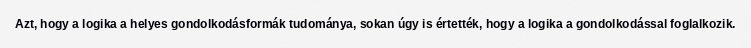
Azt, hogy a logika a helyes gondolkodásformák tudománya, sokan úgy is értették, hogy a logika a gondolkodással foglalkozik.